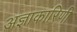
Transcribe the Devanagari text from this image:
अज्ञाकारिणी